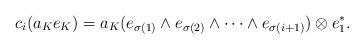
LaTeX: \begin{gather*} c_{i}(a_K e_K)=a_K (e_{\sigma(1)}\wedge e_{\sigma(2)}\wedge \cdots\wedge e_{\sigma(i+1)})\otimes e_1^{*}. \end{gather*}